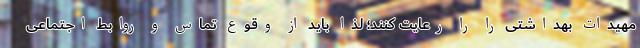
مهیدات بهداشتی را را رعایت کنند؛ لذا باید از وقوع تماس و روابط اجتماعی